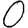
Digit: 0